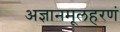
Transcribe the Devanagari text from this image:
अज्ञानमूलहरणं